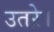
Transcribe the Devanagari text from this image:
उतऱे।